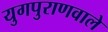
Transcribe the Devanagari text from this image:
युगपुराणवाले